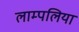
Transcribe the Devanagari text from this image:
लाम्पलिया